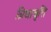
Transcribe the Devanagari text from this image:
त्रिधावृत्ति